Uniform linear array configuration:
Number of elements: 4
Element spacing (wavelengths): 0.25
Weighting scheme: hann
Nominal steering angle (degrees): -45
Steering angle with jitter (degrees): -44.346
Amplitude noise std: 0.05
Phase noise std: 0.05

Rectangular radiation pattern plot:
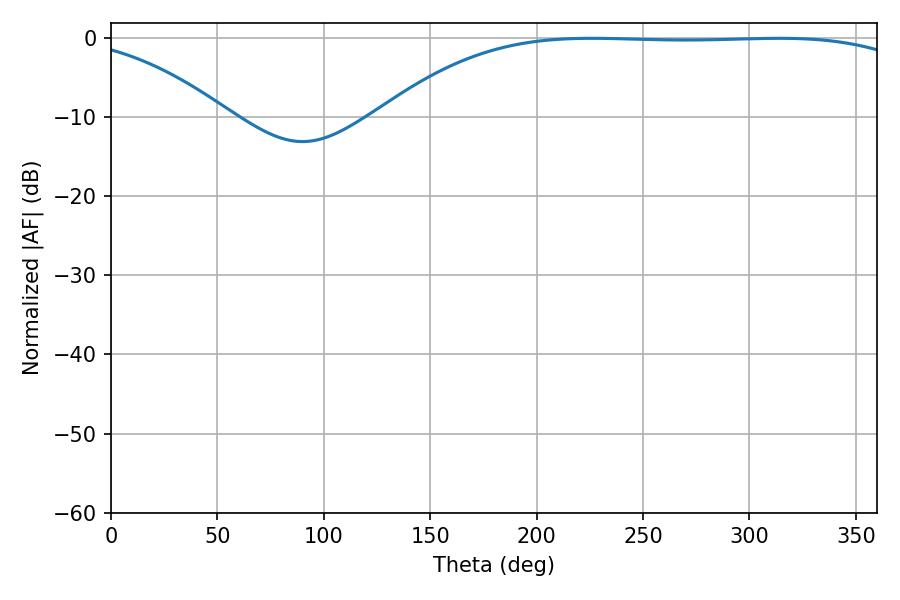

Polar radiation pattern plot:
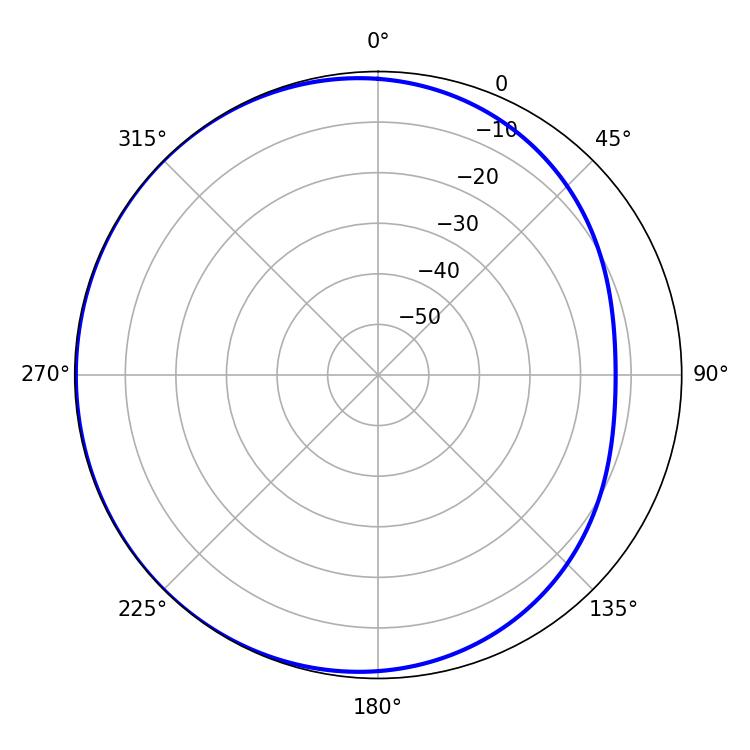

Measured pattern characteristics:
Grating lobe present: FALSE
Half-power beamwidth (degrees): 196.38
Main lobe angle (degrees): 225.9